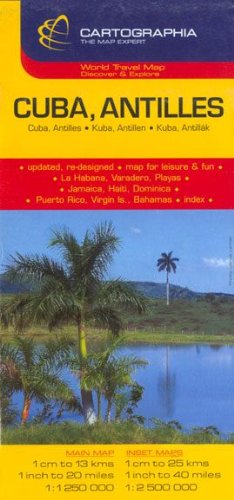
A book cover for Cuba, Antilles (Country Map); Cartographia; Travel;